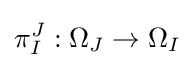
\pi _{I}^{J}:\Omega _{J}\to \Omega _{I}